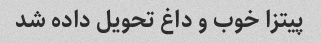
پیتزا خوب و داغ تحویل داده شد